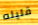
قليله